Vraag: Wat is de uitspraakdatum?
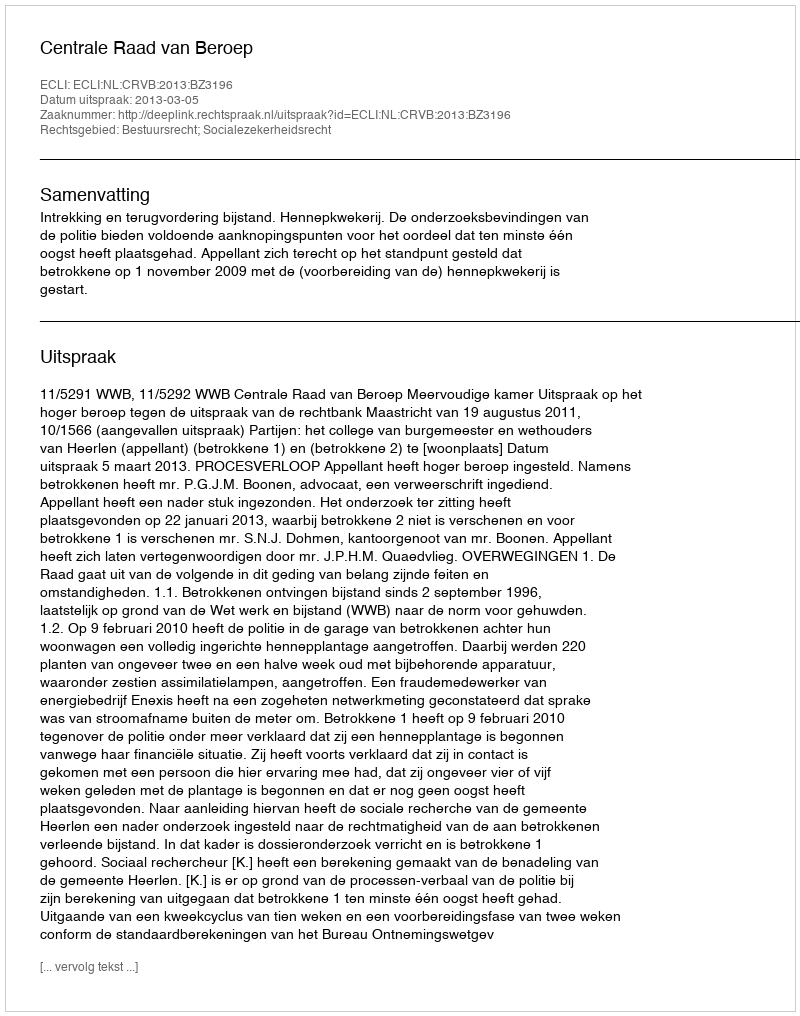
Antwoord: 2013-03-05